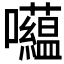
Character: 𱕲